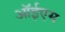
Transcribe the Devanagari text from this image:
ऑईएम